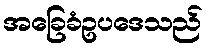
အခြေခံဥပဒေသည်